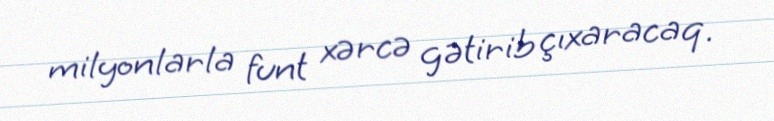
milyonlarla funt xərcə gətirib çıxaracaq.